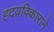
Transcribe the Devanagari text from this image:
ह्दयविकाराने